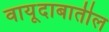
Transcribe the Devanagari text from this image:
वायूदाबातील